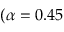
( \alpha = 0 . 4 5